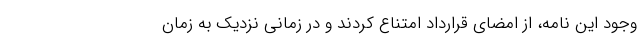
وجود این نامه، از امضای قرارداد امتناع کردند و در زمانی نزدیک به زمان